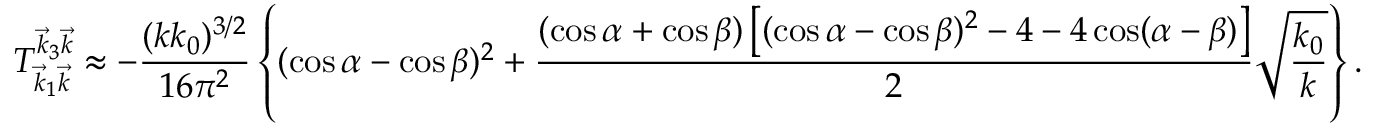
T _ { \vec { k } _ { 1 } \vec { k } } ^ { \vec { k } _ { 3 } \vec { k } } \approx - \frac { ( k k _ { 0 } ) ^ { 3 / 2 } } { 1 6 \pi ^ { 2 } } \left\{ ( \cos \alpha - \cos \beta ) ^ { 2 } + \frac { ( \cos \alpha + \cos \beta ) \left[ ( \cos \alpha - \cos \beta ) ^ { 2 } - 4 - 4 \cos ( \alpha - \beta ) \right] } { 2 } \sqrt { \frac { k _ { 0 } } { k } } \right\} .